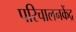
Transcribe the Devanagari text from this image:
परिचालनकेंद्र